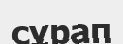
сұрап